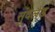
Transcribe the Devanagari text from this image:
सुंदलैंड